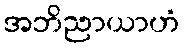
အဘိညာယာဟံ